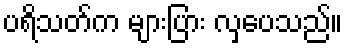
ပရိသတ်က များပြား လှပေသည်။